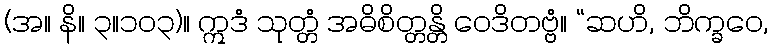
(အ။ နိ။ ၃။၁၀၃)။ ဣဒံ သုတ္တံ အဓိစိတ္တန္တိ ဝေဒိတဗ္ဗံ။ “ဆဟိ, ဘိက္ခဝေ,